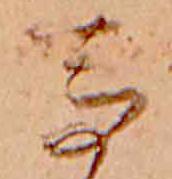
馬